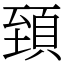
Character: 𩒐